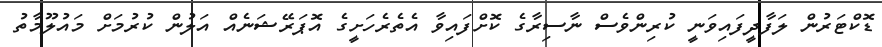
ޑޮކްޓަރުން ލަފާދީފައިވަނީ ކުރިންވެސް ނާސިރާގެ ކޮށްފައިވާ އެތެރެހަށީގެ އޮޕަރޭޝަނެއް އަލުން ކުރުމަށް މައުލޫމާތު